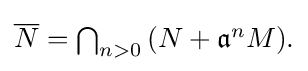
{\textstyle {\overline {N}}=\bigcap _{n>0}{(N+{\mathfrak {a}}^{n}M)}{\text{.}}}